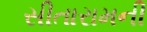
સીતારામની